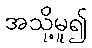
အသို့မူ၍